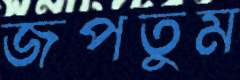
জপতুম